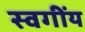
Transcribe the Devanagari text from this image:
स्वगींय